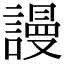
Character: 謾